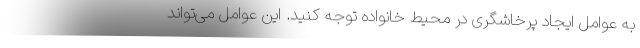
به عوامل ایجاد پرخاشگری در محیط خانواده توجه کنید. این عوامل می‌تواند